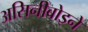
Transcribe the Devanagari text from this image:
असिनीबोइने